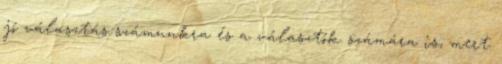
jó választás számunkra és a választók számára is, mert